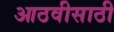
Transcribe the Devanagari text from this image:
आठवीसाठी